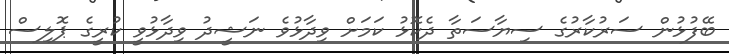
ބޭފުޅުން ސަރުކާރުގެ ސިޔާސަތާ ދެކޮޅު ކަމަށް ވިދާޅުވެ ނަޝީދު ވިދާޅުވީ ކުރީގެ ޕޮލިސް